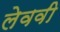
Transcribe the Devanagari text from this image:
लेववी